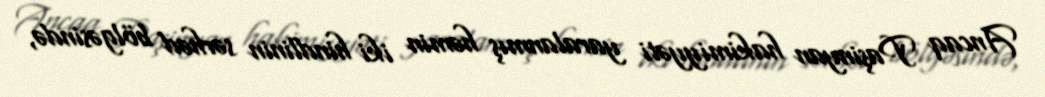
Ancaq Paşinyan hakimiyyəti yaralanmış həmin iki hindlinin sərhəd bölgəsində,